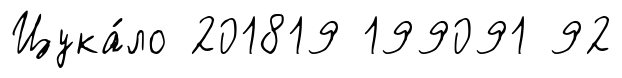
Цука́ло 201819 199091 92